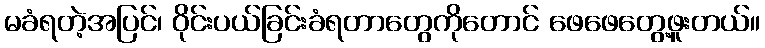
မခံရတဲ့အပြင်၊ ဝိုင်းပယ်ခြင်းခံရတာတွေကိုတောင် ဖေဖေတွေ့ဖူးတယ်။